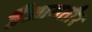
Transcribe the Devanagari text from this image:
हैंआमतौर